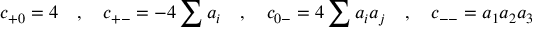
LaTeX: c _ { + 0 } = 4 \quad , \quad c _ { + - } = - 4 \sum a _ { i } \quad , \quad c _ { 0 - } = 4 \sum a _ { i } a _ { j } \quad , \quad c _ { -- } = a _ { 1 } a _ { 2 } a _ { 3 }